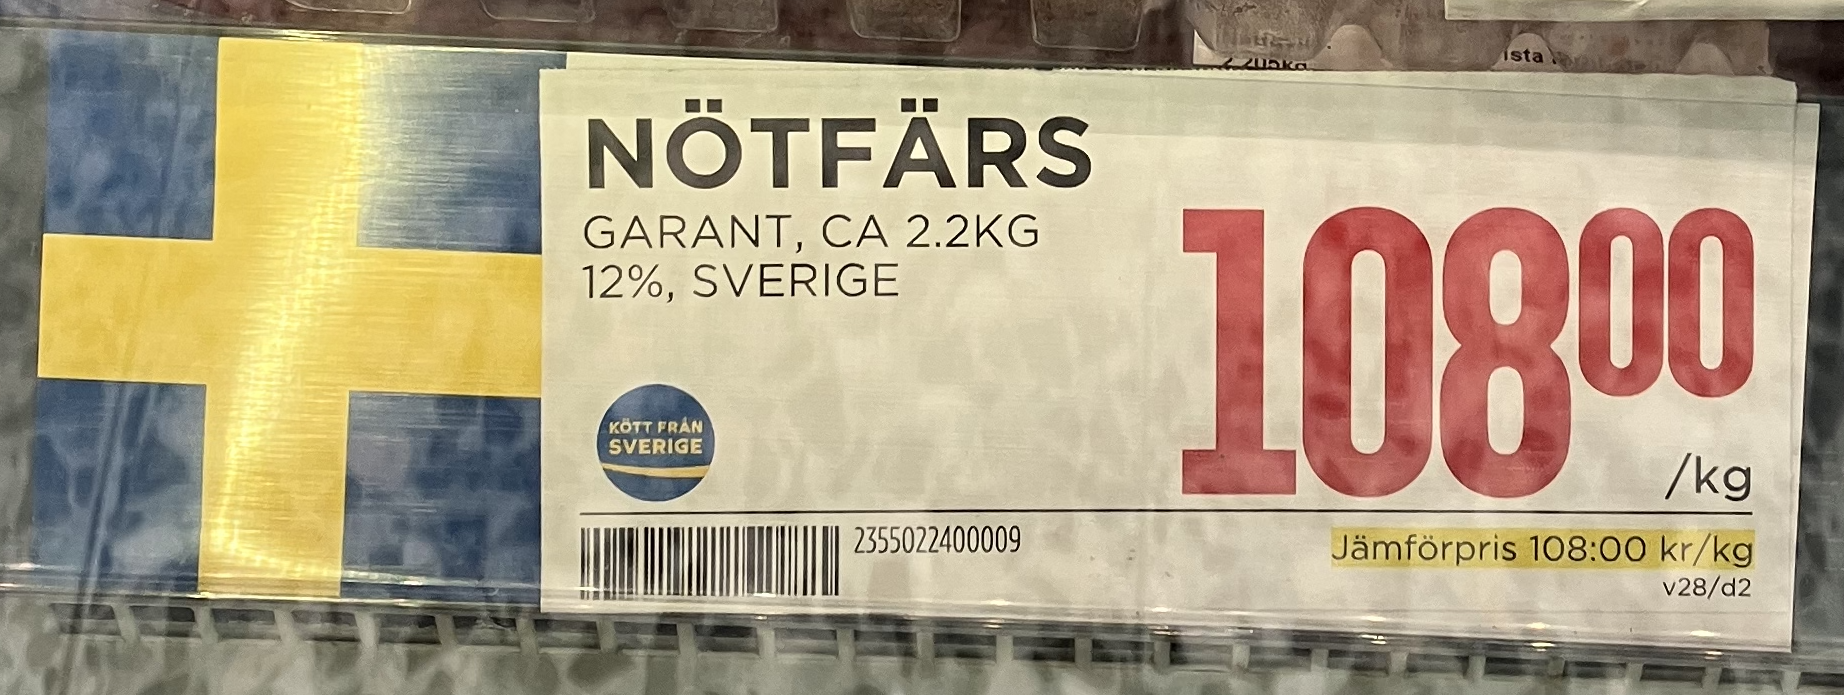
Vara: Nötfärs
Genomsnittspris: 108 per kg